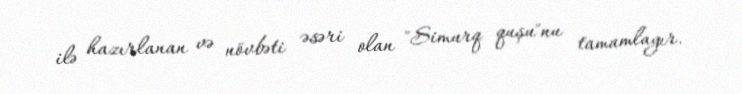
ilə hazırlanan və növbəti əsəri olan "Simurq quşu"nu tamamlayır.